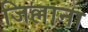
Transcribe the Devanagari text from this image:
जिल्लाना